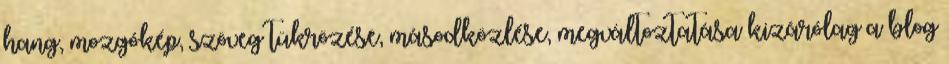
hang, mozgókép, szöveg tükrözése, másodközlése, megváltoztatása kizárólag a blog